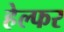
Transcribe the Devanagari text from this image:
हेल्फर